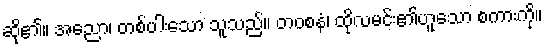
ဆို၏။ အညော၊ တစ်ပါးသော သူသည်။ တဝစနံ၊ ထိုလမင်း၏ဟူသော စကားကို။